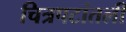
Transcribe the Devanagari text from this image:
चित्रपटांतली